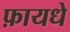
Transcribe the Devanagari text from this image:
फ़ायधे